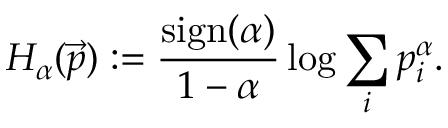
H _ { \alpha } ( \vec { p } ) : = \frac { \mathrm { s i g n } ( \alpha ) } { 1 - \alpha } \log \sum _ { i } p _ { i } ^ { \alpha } .